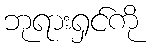
ဘုရားရှင်ကို